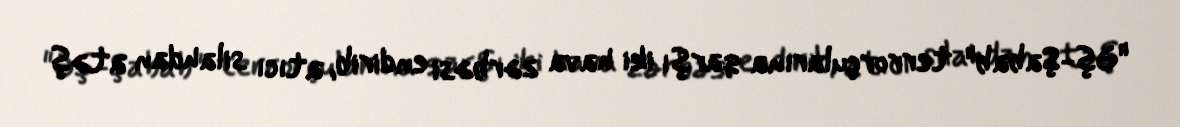
"Əş-Şabab" terrorçularına qarşı iki hava zərbəsi endirib, atıcı silahdan atəş